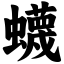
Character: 蠛